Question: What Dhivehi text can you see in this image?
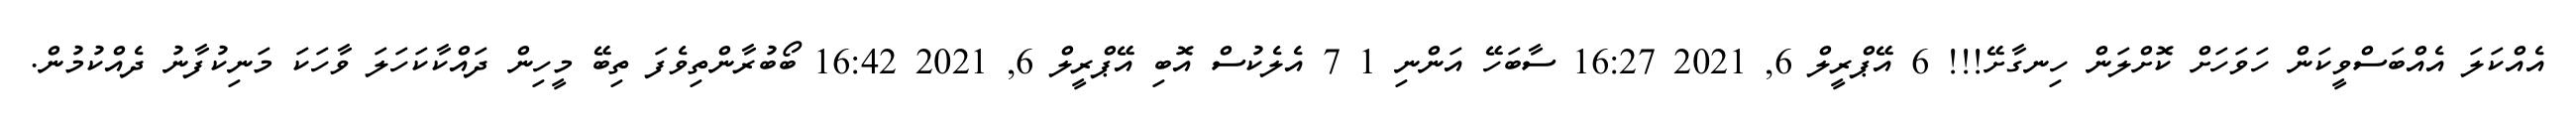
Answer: އެއްކަލަ އެއްބަސްވީކަން ހަވަހަށް ކޮށްލަން ހިނގާށޭ!!! 6 އޭޕްރީލް 6, 2021 16:27 ސާބަހޭ އަންނި 1 7 އެލެކުސް އޮބި އޭޕްރީލް 6, 2021 16:42 ބޯބުރާންތިވެފަ ތިބޭ މީހިން ދައްކާކަހަލަ ވާހަކަ މަނިކުފާނު ދެއްކުމުން.